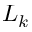
L _ { k }